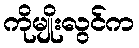
ကိုမျိုးလွင်က